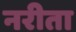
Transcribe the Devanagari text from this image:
नरीता